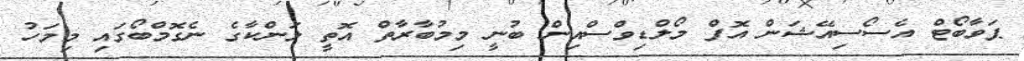
ޕަވާބޯޓް އެސޯސިއޭޝަން އޮފް މޯލްޑިވްސްއިން ބުނީ މިމުބާރާތް އޮތީ ލަންކާގެ ނެގޮމްބޯގައި މިމަހު